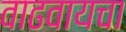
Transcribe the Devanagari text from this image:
वाढवायचा